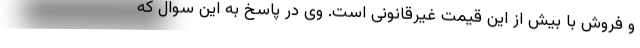
و فروش با بیش از این قیمت غیرقانونی است. وی در پاسخ به این سوال که